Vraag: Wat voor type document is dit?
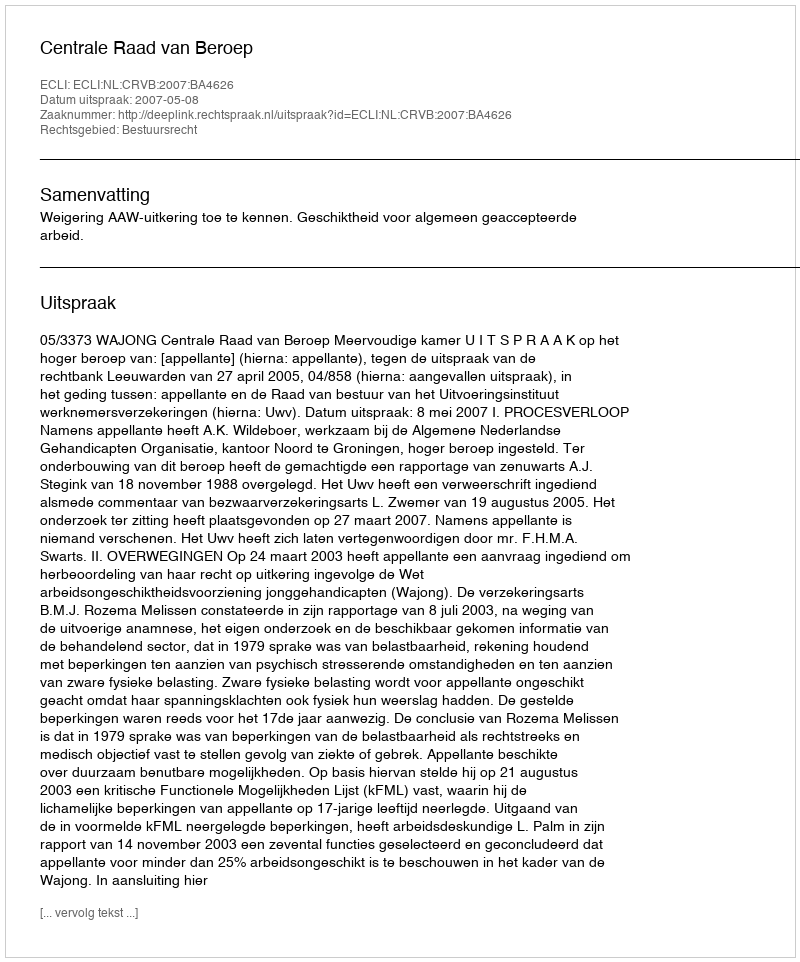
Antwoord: Uitspraak